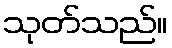
သုတ်သည်။